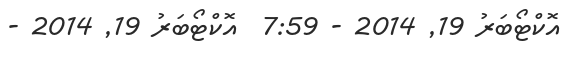
އޮކްޓޯބަރު 19